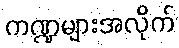
ကဏ္ဍများအလိုက်